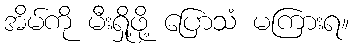
အိမ်ကို မီးရှို့ဖို့ ပြောသံ မကြားရ။